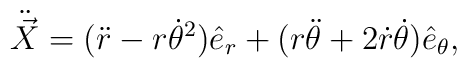
\ddot{\vec X}=(\ddot r-r{\dot\theta}^2)\hat {e}_r +(r\ddot\theta +2\dot r\dot\theta )\hat {e}_\theta ,